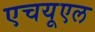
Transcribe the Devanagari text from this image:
एचयूएल